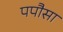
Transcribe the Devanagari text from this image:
पपौसा